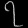
Digit: ၇